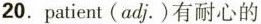
20.patient(adj.)有耐心的